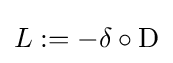
L:=-\delta \circ \mathrm {D}